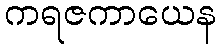
ကရဇကာယေန